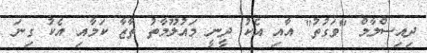
ދިއިސްލާމް "ވަގުތު" އާއި އެކު ދީނީ މައުލޫމާތު ތާޒާ ކަމާއި އެކު ގިނަ